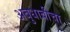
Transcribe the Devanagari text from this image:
अबुधाबीचा